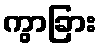
ကွာခြား